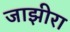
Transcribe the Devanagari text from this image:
जाझीरा